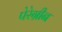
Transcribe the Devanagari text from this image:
पेरेग्रीन